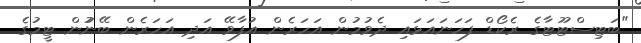
"ބަޓިސްޓޫޓާގެ ރެކޯޑް ފަހަނައަޅައި ދެވުމުން އަހަރެން އުފާވޭ އަދި އަހަރެން ބޭނުުން ޓީމުގެ